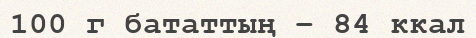
100 г бататтың – 84 ккал